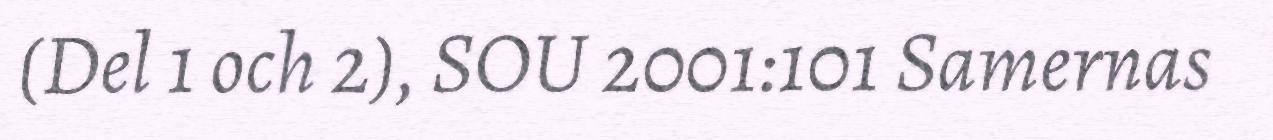
(Del 1 och 2), SOU 2001:101 Samernas